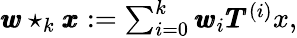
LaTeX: \begin{array}{r}{\pmb{w}\star_{k}\pmb{x}:=\sum_{i=0}^{k}{\pmb{w}_{i}\pmb{T}^{(i)}}x,}\end{array}